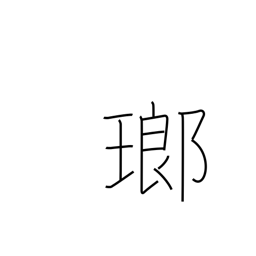
Meaning: precious stone